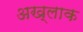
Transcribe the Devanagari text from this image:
अख्लाक